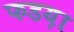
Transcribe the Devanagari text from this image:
फडय़ा